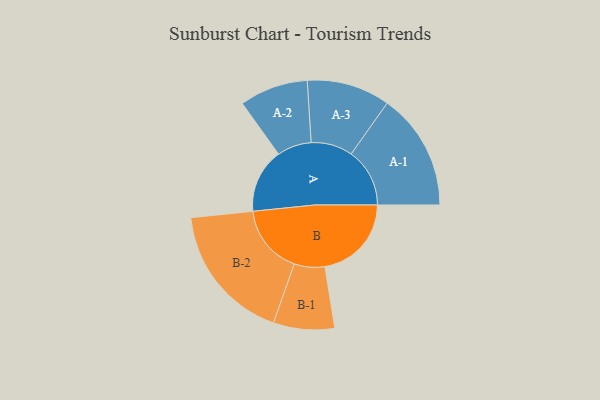
{"axis": {"x": "Segment", "y": "Value"}, "legend": ["", "A", "B"], "data": [{"x": "A", "y": 274, "type": ""}, {"x": "B", "y": 368, "type": ""}, {"x": "A-1", "y": 249, "type": "A"}, {"x": "A-2", "y": 146, "type": "A"}, {"x": "A-3", "y": 177, "type": "A"}, {"x": "B-1", "y": 130, "type": "B"}, {"x": "B-2", "y": 295, "type": "B"}]}